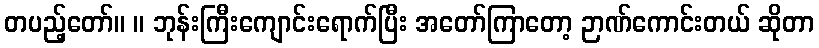
တပည့်တော်။ ။ ဘုန်းကြီးကျောင်းရောက်ပြီး အတော်ကြာတော့ ဉာဏ်ကောင်းတယ် ဆိုတာ